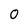
Character: O